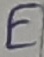
Text: E